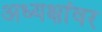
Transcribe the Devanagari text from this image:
अध्यक्षांवर